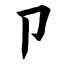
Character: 卩